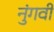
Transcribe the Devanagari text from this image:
नुंगवी